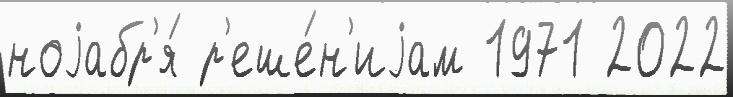
ноjабр'я́ р'еше́н'иjам 1971 2022